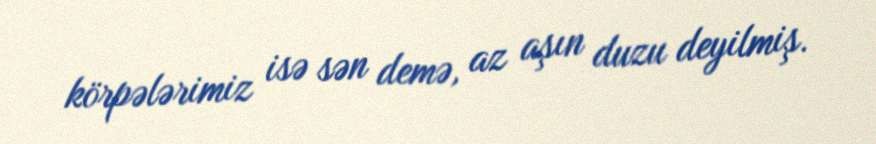
körpələrimiz isə sən demə, az aşın duzu deyilmiş.